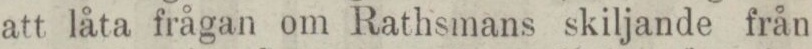
att låta frågan om Rathsmans skiljande från